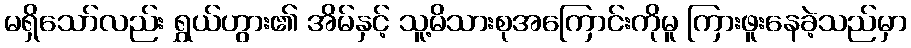
မရှိသော်လည်း ရွှယ်ဟွား၏ အိမ်နှင့် သူ့မိသားစုအကြောင်းကိုမူ ကြားဖူးနေခဲ့သည်မှာ